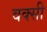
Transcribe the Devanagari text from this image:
वक्सी